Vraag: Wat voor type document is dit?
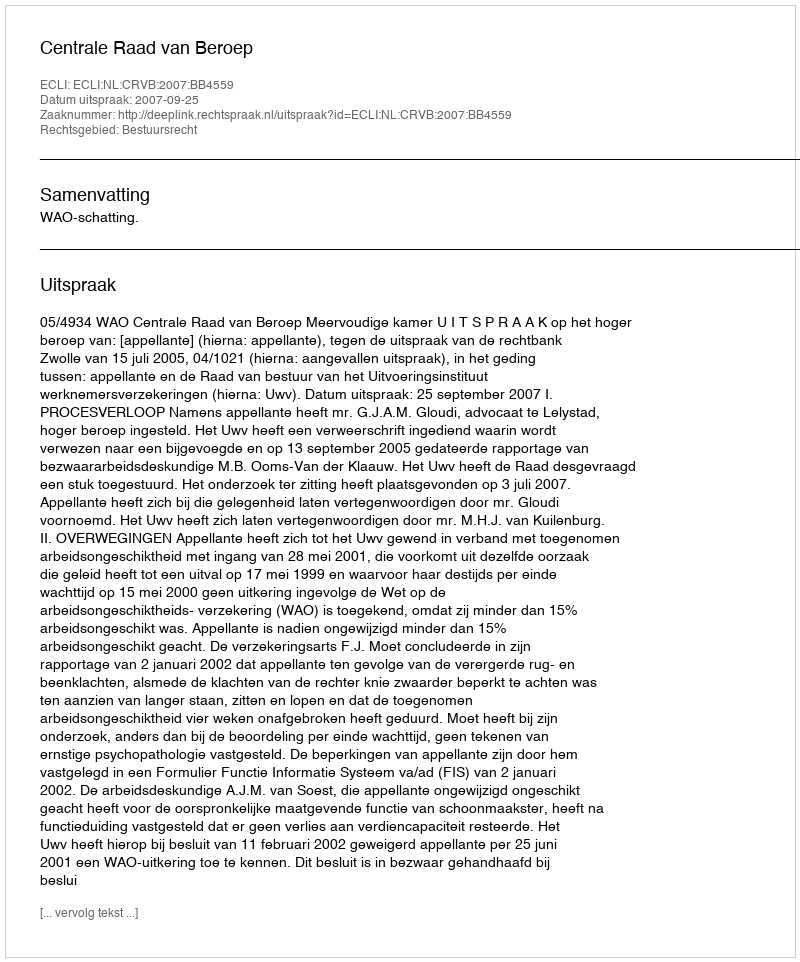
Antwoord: Uitspraak